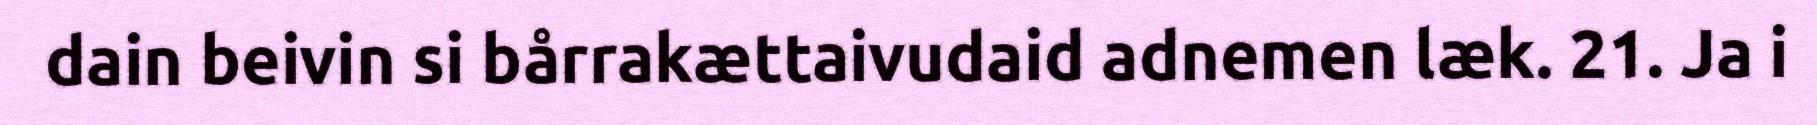
dain beivin si bårrakættaivudaid adnemen læk. 21. Ja i